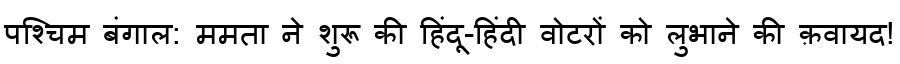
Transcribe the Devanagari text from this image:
पश्चिम बंगाल: ममता ने शुरू की हिंदू-हिंदी वोटरों को लुभाने की क़वायद!